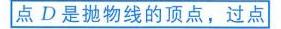
点\(D\)是抛物线的顶点，过点